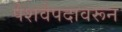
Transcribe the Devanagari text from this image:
पेशवेपदावरून